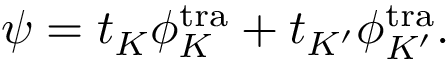
\psi = t _ { K } \phi _ { K } ^ { \mathrm { t r a } } + t _ { K ^ { \prime } } \phi _ { K ^ { \prime } } ^ { \mathrm { t r a } } .